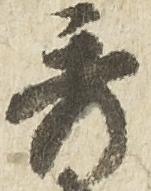
秀